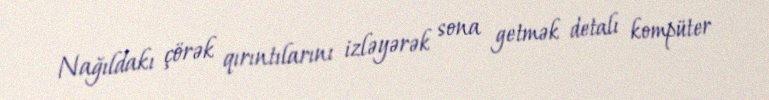
Nağıldakı çörək qırıntılarını izləyərək sona getmək detalı kompüter